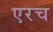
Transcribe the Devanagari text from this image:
एरच